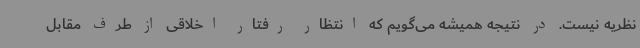
نظریه نیست. در نتیجه همیشه می‌گویم که انتظار رفتار اخلاقی از طرف مقابل